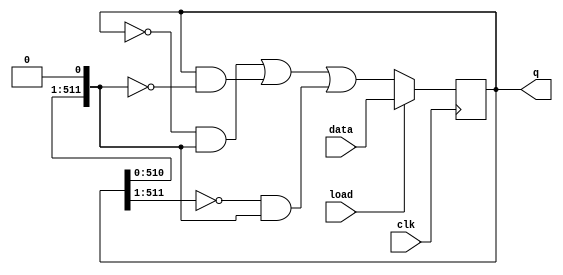
module top_module(
    input clk,
    input load,
    input [511:0] data,
    output [511:0] q
);  
    wire [511:0] left,right;
    
    assign left  = {1'b0,q[511:1]};
    assign right = {q[510:0], 1'b0};
	always @(posedge clk) begin
		if (load)
			q <= data;
		else begin 
            q[511:0] <= (~q & right)|(q & ~right)|(~left & right) ;
	end
	end
endmodule